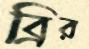
ব্রির